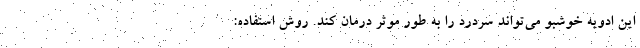
این ادویه خوشبو می‌تواند سردرد را به طور موثر درمان کند. روش استفاده: